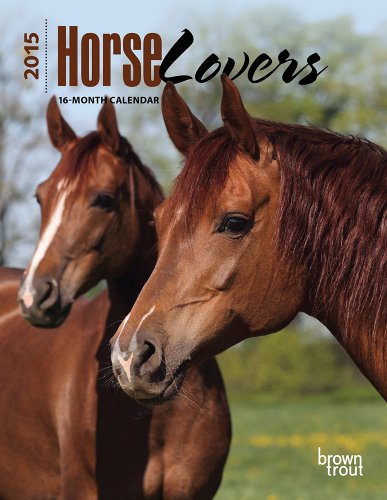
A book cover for Horse Lovers 2015 Engagement; BrownTrout; Calendars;